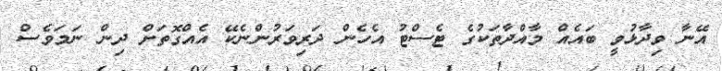
އޭނާ ވިދާޅުވީ ބައެއް މާއްދާތަކުގެ ޓެސްޓު އެހެން ދަރިވަރުންނެކޭ އެއްގޮތަށް ދިން ނަމަވެސް